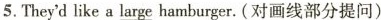
5.They'd like a large hamburger.(对画线部分提问)